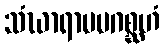
သံဃာရာမမဂစ္ဆဟံ